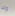
ولا